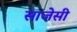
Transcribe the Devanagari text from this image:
साजेसी